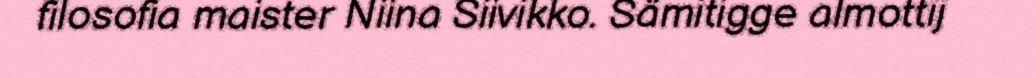
filosofia maister Niina Siivikko. Sämitigge almottij